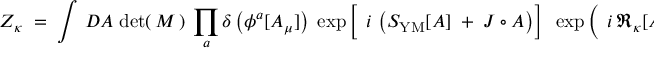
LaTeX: Z _ { \kappa } \; = \; \int \, { \cal D } { \cal A } \; \mathrm { d e t } ( \, M \, ) \; \prod _ { a } \delta \left( \phi ^ { a } [ { \cal A } _ { \mu } ] \right) \; \exp \left[ \frac { } { } \, i \, \left( S _ { \mathrm { Y M } } [ { \cal A } ] \; + \; { \cal J } \circ { \cal A } \right) \right] \; \; \exp \left( \frac { } { } \, i \, \Re _ { \kappa } [ { \cal A } ] \right) \; ,